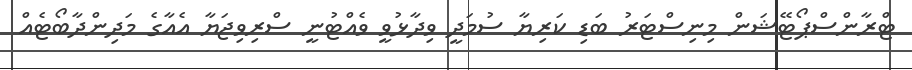
ޓްރާންސްޕޯޓޭޝަން މިނިސްޓަރު ބަޑި ކަރިޔާ ސުމަދީ ވިދާޅުވީ ވެއްޓުނީ ސްރިވިޖަޔާ އެއާގެ މަދިންދާބޯޓެއް